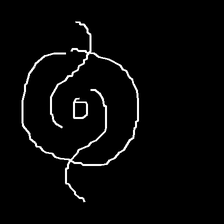
Glyph: repetition